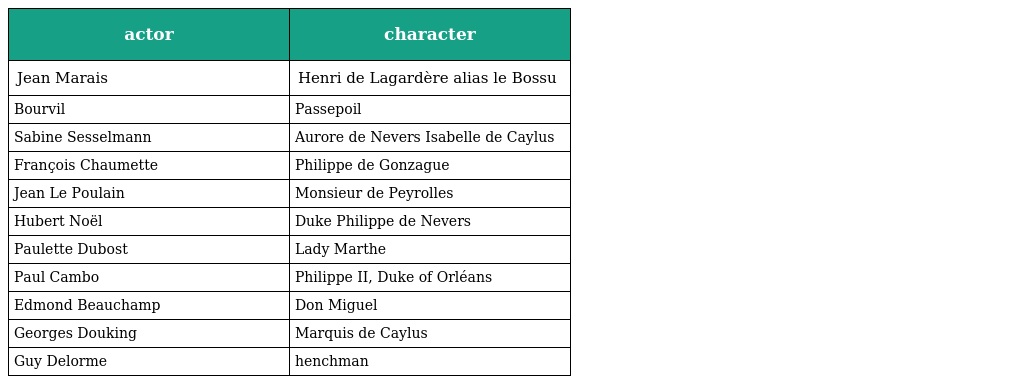
| actor | character |
 | --- | --- |
 | Jean Marais | Henri de Lagardère alias le Bossu |
 | Bourvil | Passepoil |
 | Sabine Sesselmann | Aurore de Nevers Isabelle de Caylus |
 | François Chaumette | Philippe de Gonzague |
 | Jean Le Poulain | Monsieur de Peyrolles |
 | Hubert Noël | Duke Philippe de Nevers |
 | Paulette Dubost | Lady Marthe |
 | Paul Cambo | Philippe II, Duke of Orléans |
 | Edmond Beauchamp | Don Miguel |
 | Georges Douking | Marquis de Caylus |
 | Guy Delorme | henchman |